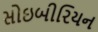
સોઇબીરિયન